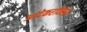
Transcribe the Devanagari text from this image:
आंदेकरविरुद्ध